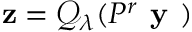
\mathbf { z } = \mathcal { Q } _ { \lambda } ( P ^ { r } \textbf { y } )